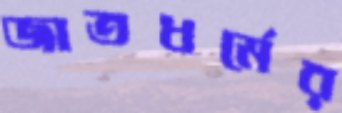
জাতধর্মের